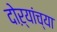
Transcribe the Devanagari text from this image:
दोऱ्यांच्या